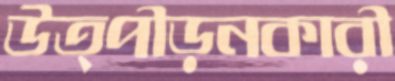
উত্পীড়নকারী